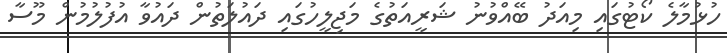
ހުޅުމާލެ ކޯޓުގައި މިއަދު ބޭއްވުނު ޝަރީއަތުގެ މަޖިލީހުގައި ދައުލަތުން ދައުވާ އުފުލުމުން މޫސާ